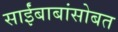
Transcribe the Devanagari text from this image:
साईंबाबांसोबत